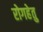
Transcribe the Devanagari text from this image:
रोगहेतु